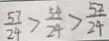
\frac { 5 7 } { 2 4 } > \frac { 5 4 } { 2 4 } > \frac { 5 2 } { 2 4 }